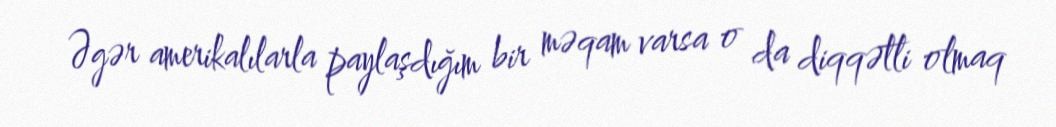
Əgər amerikalılarla paylaşdığım bir məqam varsa o da diqqətli olmaq